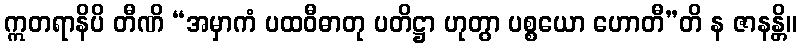
ဣတရာနိပိ တီဏိ “အမှာကံ ပထဝီဓာတု ပတိဋ္ဌာ ဟုတွာ ပစ္စယော ဟောတီ”တိ န ဇာနန္တိ။